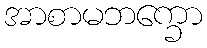
အာစာမဘက္ခော